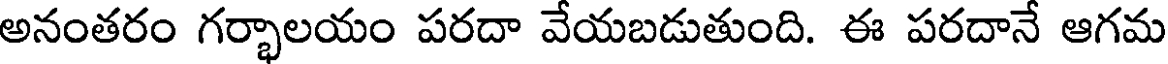
అనంతరం గర్భాలయం పరదా వేయబడుతుంది. ఈ పరదానే ఆగమ